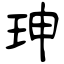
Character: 珅